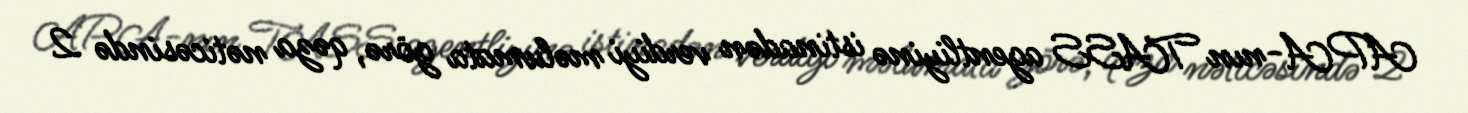
APA-nın TASS agentliyinə istinadən verdiyi məlumata görə, qəza nəticəsində 2